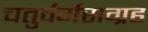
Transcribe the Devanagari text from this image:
चतुर्वर्गसग्रह